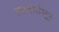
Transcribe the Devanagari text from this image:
तत्वार्थसूत्र